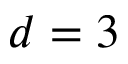
d = 3